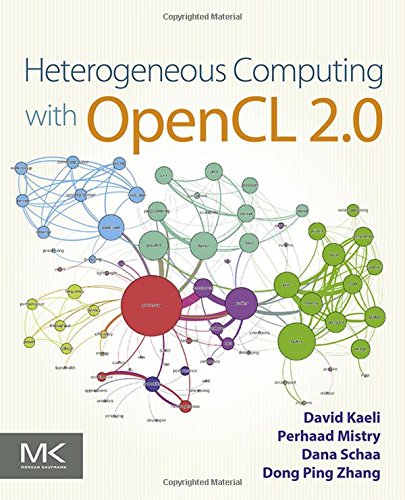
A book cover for Heterogeneous Computing with OpenCL 2.0; David R. Kaeli; Computers & Technology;